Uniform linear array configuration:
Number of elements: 32
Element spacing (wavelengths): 0.75
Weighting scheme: blackman
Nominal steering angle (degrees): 0
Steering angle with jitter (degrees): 1.874
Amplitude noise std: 0.05
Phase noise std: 0.05

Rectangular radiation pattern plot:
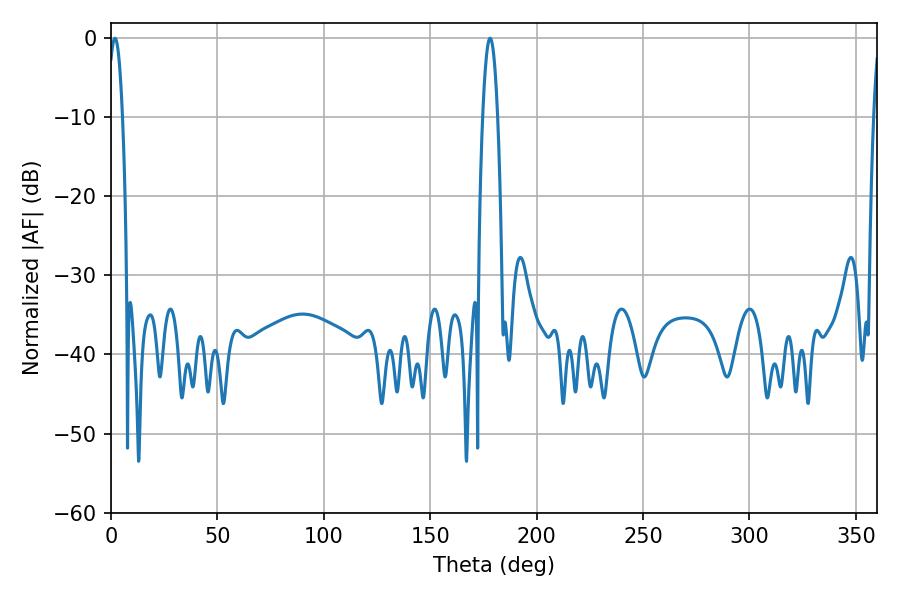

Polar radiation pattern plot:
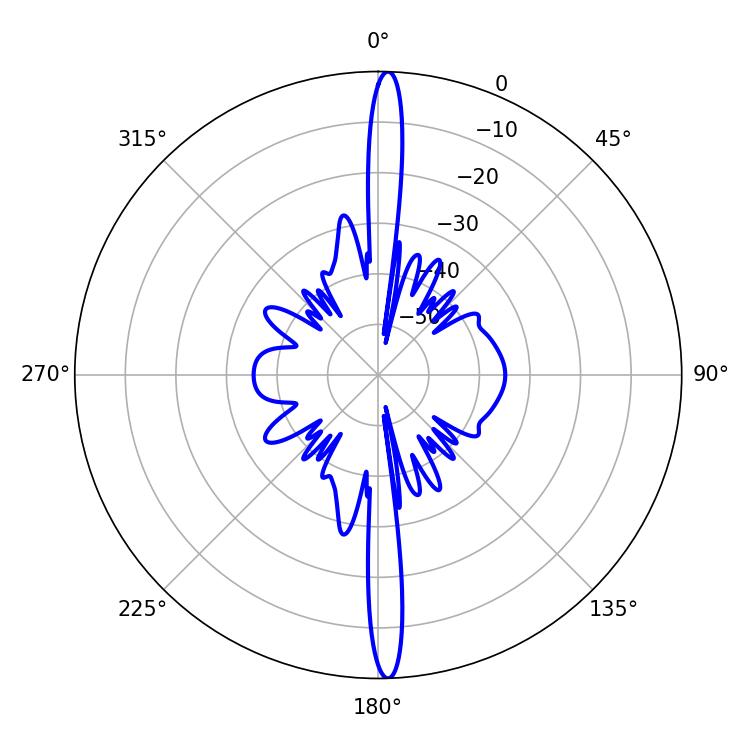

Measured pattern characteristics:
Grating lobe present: TRUE
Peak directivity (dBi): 26.274
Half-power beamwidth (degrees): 3.78
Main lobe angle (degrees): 1.8